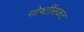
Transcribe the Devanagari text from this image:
गोष्टींसकट